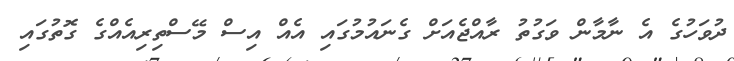
ދުވަހުގެ އެ ނާމާން ވަގުތު ރާއްޖެއަށް ގެނައުމުގައި އެއް އިސް މޭސްތިރިއެއްގެ ގޮތުގައި